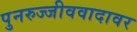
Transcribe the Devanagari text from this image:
पुनरुज्जीववादावर